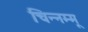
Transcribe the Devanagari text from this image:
चिन्‍नम्‍मू